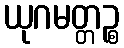
ယုဂမတ္တဉ္စ